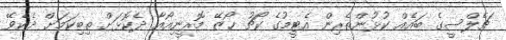
ޗެލްސީގެ ބައެއް ކުޅުންތެރިން އެޓީމުގެ ކޯޗު ހޯޒޭ މޮރީނިއޯއާ ދެކޮޅަށް ތިބިކަމަށް ދެކެވޭ